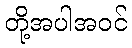
တို့အပါအဝင်